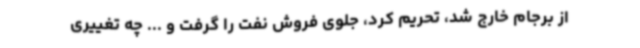
از برجام خارج شد، تحریم کرد، جلوی فروش نفت را گرفت و ... چه تغییری